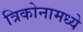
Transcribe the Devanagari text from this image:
त्रिकोनामध्ये